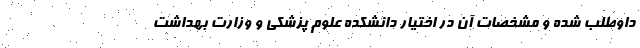
داوطلب شده و مشخصات آن در اختیار دانشکده علوم پزشکی و وزارت بهداشت